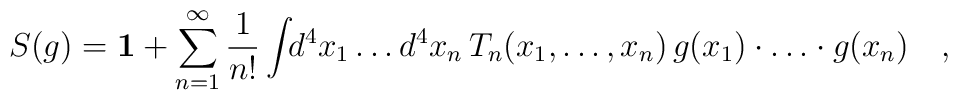
S(g)={\bf 1}+\sum_{n=1}^{\infty}\frac{1}{n!} \int\!\! d^{4}x_{1}\ldots d^{4}x_{n}\, T_{n}(x_{1},\ldots, x_{n})\,g(x_{1})\cdot\ldots\cdot g(x_{n})\quad  ,